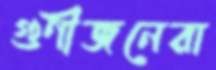
গুণীজনেরা